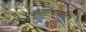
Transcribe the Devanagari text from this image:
पूर्वेतिहासाबद्दल